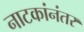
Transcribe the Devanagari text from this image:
नाटकांनंतर